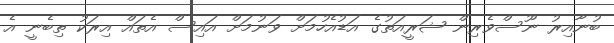
ބުނާއިރު ނޫސްވެރިން ޝަރީއަތުގެ އަޑުއެހުމަށް ވަނުމަށް އައިސް އެތައް އިރަކު ތިބެނީ އެ